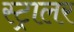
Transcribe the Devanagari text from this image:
स्ट्रालर